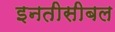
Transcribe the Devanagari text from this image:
इनतीसीबल